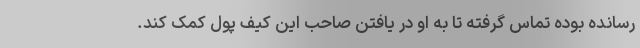
رسانده بوده تماس گرفته تا به او در یافتن صاحب این کیف پول کمک کند.